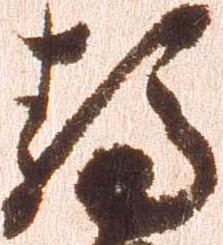
静